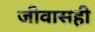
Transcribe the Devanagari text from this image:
जीवासही